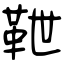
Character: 靾